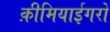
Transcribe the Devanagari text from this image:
क़ीमियाईगरों